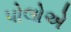
પોલોએ